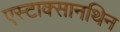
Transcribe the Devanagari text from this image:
एस्टाक्सानथिन